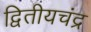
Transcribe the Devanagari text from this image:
द्वितीयचंद्र